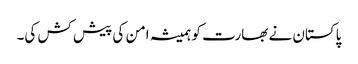
پاکستان نے بھارت کو ہمیشہ امن کی پیش کش کی۔